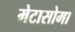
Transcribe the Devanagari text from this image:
मेटासोमा